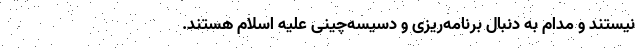
نیستند و مدام به دنبال برنامه‌ریزی و دسیسه‌چینی علیه اسلام هستند.